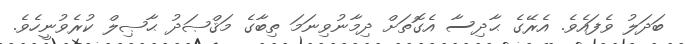
ބަދަލު ވެފައެވެ. އެރޭގެ ޙާދިސާ އެގޮތަށް ދިމާނުވިނަމަ ތިބާގެ މަޤްޞަދު ޙާޞިލް ކުރެވުނީހެވެ.